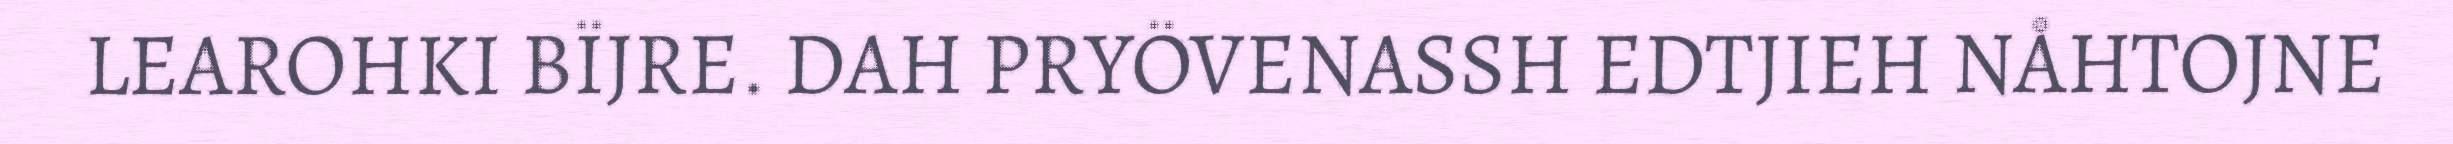
LEAROHKI BÏJRE. DAH PRYÖVENASSH EDTJIEH NÅHTOJNE